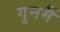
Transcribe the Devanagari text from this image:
गुनमैं